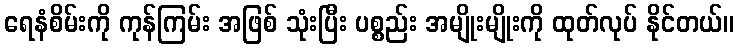
ရေနံစိမ်းကို ကုန်ကြမ်း အဖြစ် သုံးပြီး ပစ္စည်း အမျိုးမျိုးကို ထုတ်လုပ် နိုင်တယ်။